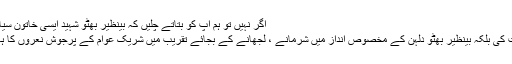
اگر نہیں تو ہم آپ کو بتاتے چلیں کہ بینظیر بھٹو شہید ایسی خاتون سیاستدان تھیں جن کی شادی میں نہ
صرف پاکستانی عوام نے شرکت کی بلکہ بینظیر بھٹو دلہن کے مخصوص انداز میں شرمانے ، لجھانے کے بجائے تقریب میں شریک عوام کے پرجوش نعروں کا ہاتھ اٹھا اٹھا کر جواب دیتی رہیں۔